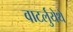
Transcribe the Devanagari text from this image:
वाटर्लुयेथे